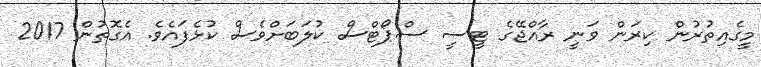
މީގެއިތުރުން ކިރަން ވަނީ ރާއްޖޭގެ ޓީސީ ސްޕޯޓްސް ކުލަބަށްވެސް ކުޅެފައެވެ. އެގޮތުން 2017